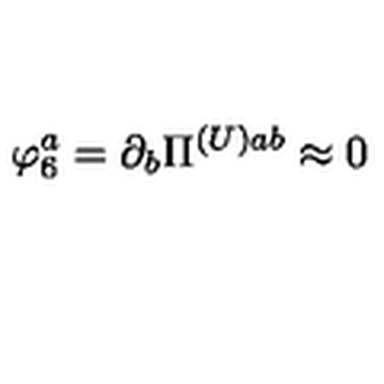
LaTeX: \varphi _ { 6 } ^ { a } = \partial _ { b } \Pi ^ { ( U ) a b } \approx 0